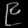
Digit: ၉